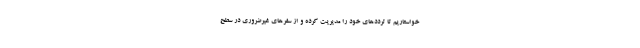
خواستاریم تا ترددهای خود را مدیریت کرده و از سفرهای غیرضروری در سطح